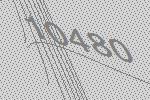
10480